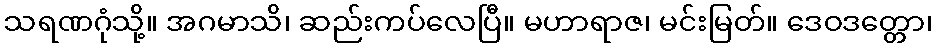
သရဏဂုံသို့။ အဂမာသိ၊ ဆည်းကပ်လေပြီ။ မဟာရာဇ၊ မင်းမြတ်။ ဒေဝဒတ္တော၊